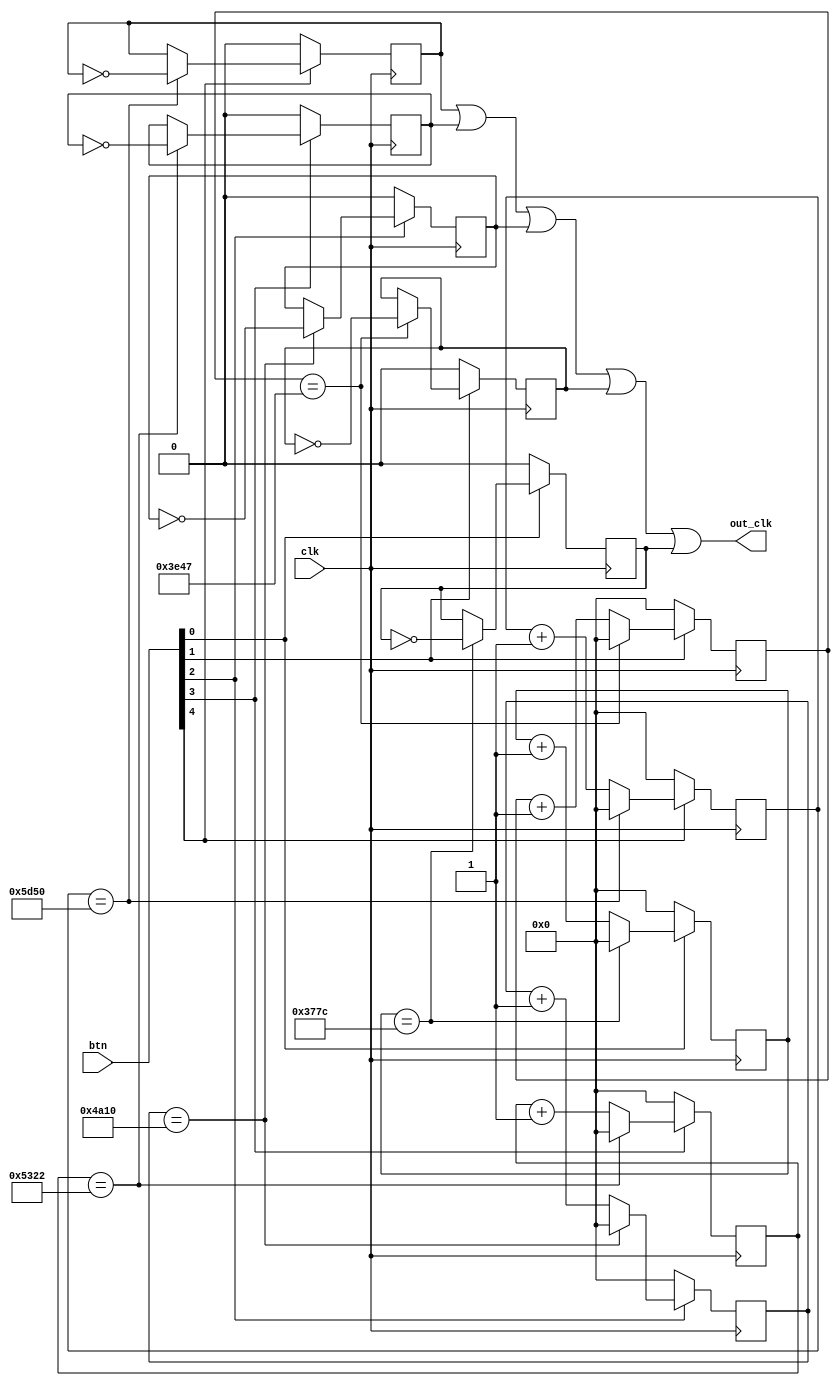
`timescale 1ns / 1ps
//////////////////////////////////////////////////////////////////////////////////
// Company: 
// Engineer: 
// 
// Design Name: 
// Module Name: buzzer
// Project Name: 
// Target Devices: 
// Tool Versions: 
// Description: 
// 
// Dependencies: 
// 
// Revision:
// Revision 0.01 - File Created
// Additional Comments:
// 
//////////////////////////////////////////////////////////////////////////////////


module buzzer(
    input clk,
    input [4:0] btn,
    output out_clk
    );
    
    reg [14:0] cnt_c, cnt_d, cnt_e, cnt_g, cnt_a;
    reg clk_c, clk_d, clk_e, clk_g, clk_a;
    
    always @ (posedge clk) begin
        if (btn[4] == 0) begin
            cnt_c <= 0;
            clk_c <= 0;
        end
        else
            if (cnt_c == 23888) begin
                cnt_c <= 0;
                clk_c <= ~clk_c;
            end
            else cnt_c <= cnt_c + 1;
    end
    
    always @ (posedge clk) begin
        if (btn[3] == 0) begin
            cnt_d <= 0;
            clk_d <= 0;
        end
        else
            if (cnt_d == 21282) begin
                cnt_d <= 0;
                clk_d <= ~clk_d;
            end
            else cnt_d <= cnt_d + 1;
    end
    
    always @ (posedge clk) begin
        if (btn[2] == 0) begin
            cnt_e <= 0;
            clk_e <= 0;
        end
        else
            if (cnt_e == 18960) begin
                cnt_e <= 0;
                clk_e <= ~clk_e;
            end
            else cnt_e <= cnt_e + 1;
    end
    
    always @ (posedge clk) begin
        if (btn[1] == 0) begin
            cnt_g <= 0;
            clk_g <= 0;
        end
        else
            if (cnt_g == 15943) begin
                cnt_g <= 0;
                clk_g <= ~clk_g;
            end
            else cnt_g <= cnt_g + 1;
    end
    
    always @ (posedge clk) begin
        if (btn[0] == 0) begin
            cnt_a <= 0;
            clk_a <= 0;
        end
        else 
            if (cnt_a == 14204) begin
                cnt_a <= 0;
                clk_a <= ~clk_a;
            end
            else cnt_a <= cnt_a + 1;
    end
    
    assign out_clk = clk_c | clk_d | clk_e | clk_g | clk_a;
    
endmodule